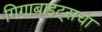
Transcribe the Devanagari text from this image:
गिगाबाइट्सचा